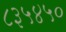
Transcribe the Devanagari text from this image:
८३५४५०